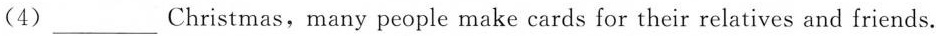
(4)___Christmas,many people make cards for their relatives and friends.